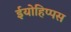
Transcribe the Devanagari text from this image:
ईयोहिप्पस